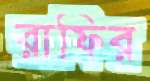
রাফির